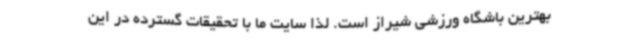
بهترین باشگاه ورزشی شیراز است. لذا سایت ما با تحقیقات گسترده در این